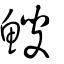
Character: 䱸